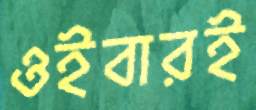
ওইবারই